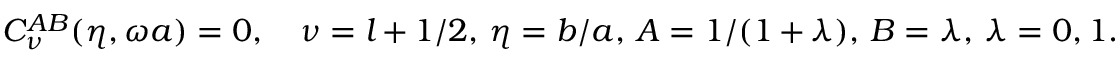
C _ { \nu } ^ { A B } ( \eta , \omega a ) = 0 , \quad \nu = l + 1 / 2 , \, \eta = b / a , \, A = 1 / ( 1 + \lambda ) , \, B = \lambda , \, \lambda = 0 , 1 .